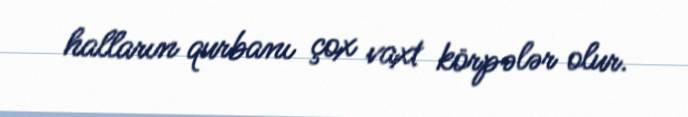
halların qurbanı çox vaxt körpələr olur.